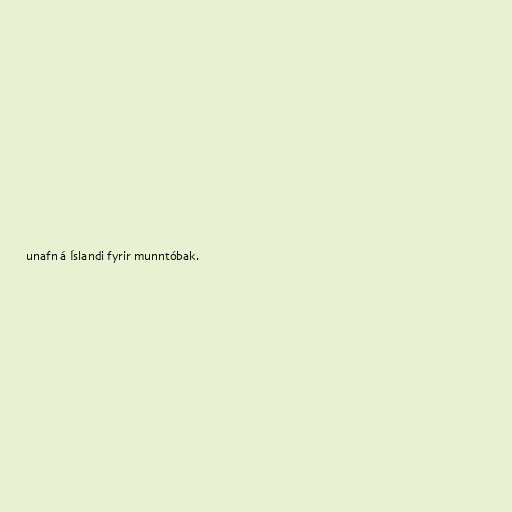
unafn á Íslandi fyrir munntóbak.